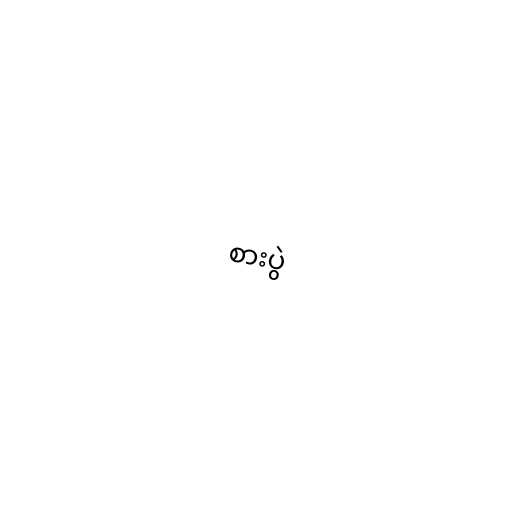
စားပွဲ